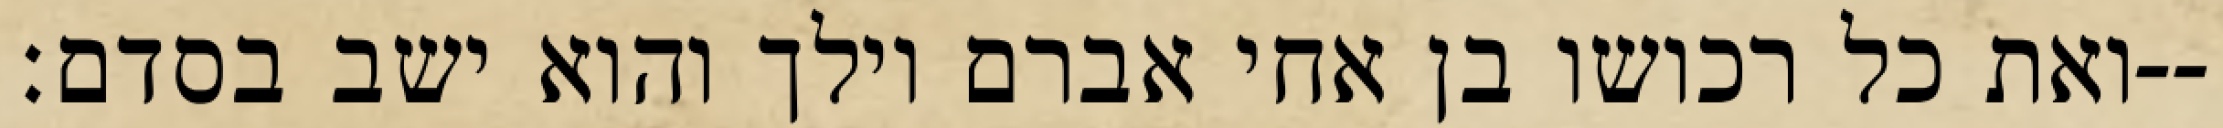
ואת כל רכושו בן אחי אברם וילך והוא ישב בסדם׃--